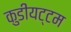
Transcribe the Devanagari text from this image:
कुडीयट्टम